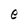
Character: e